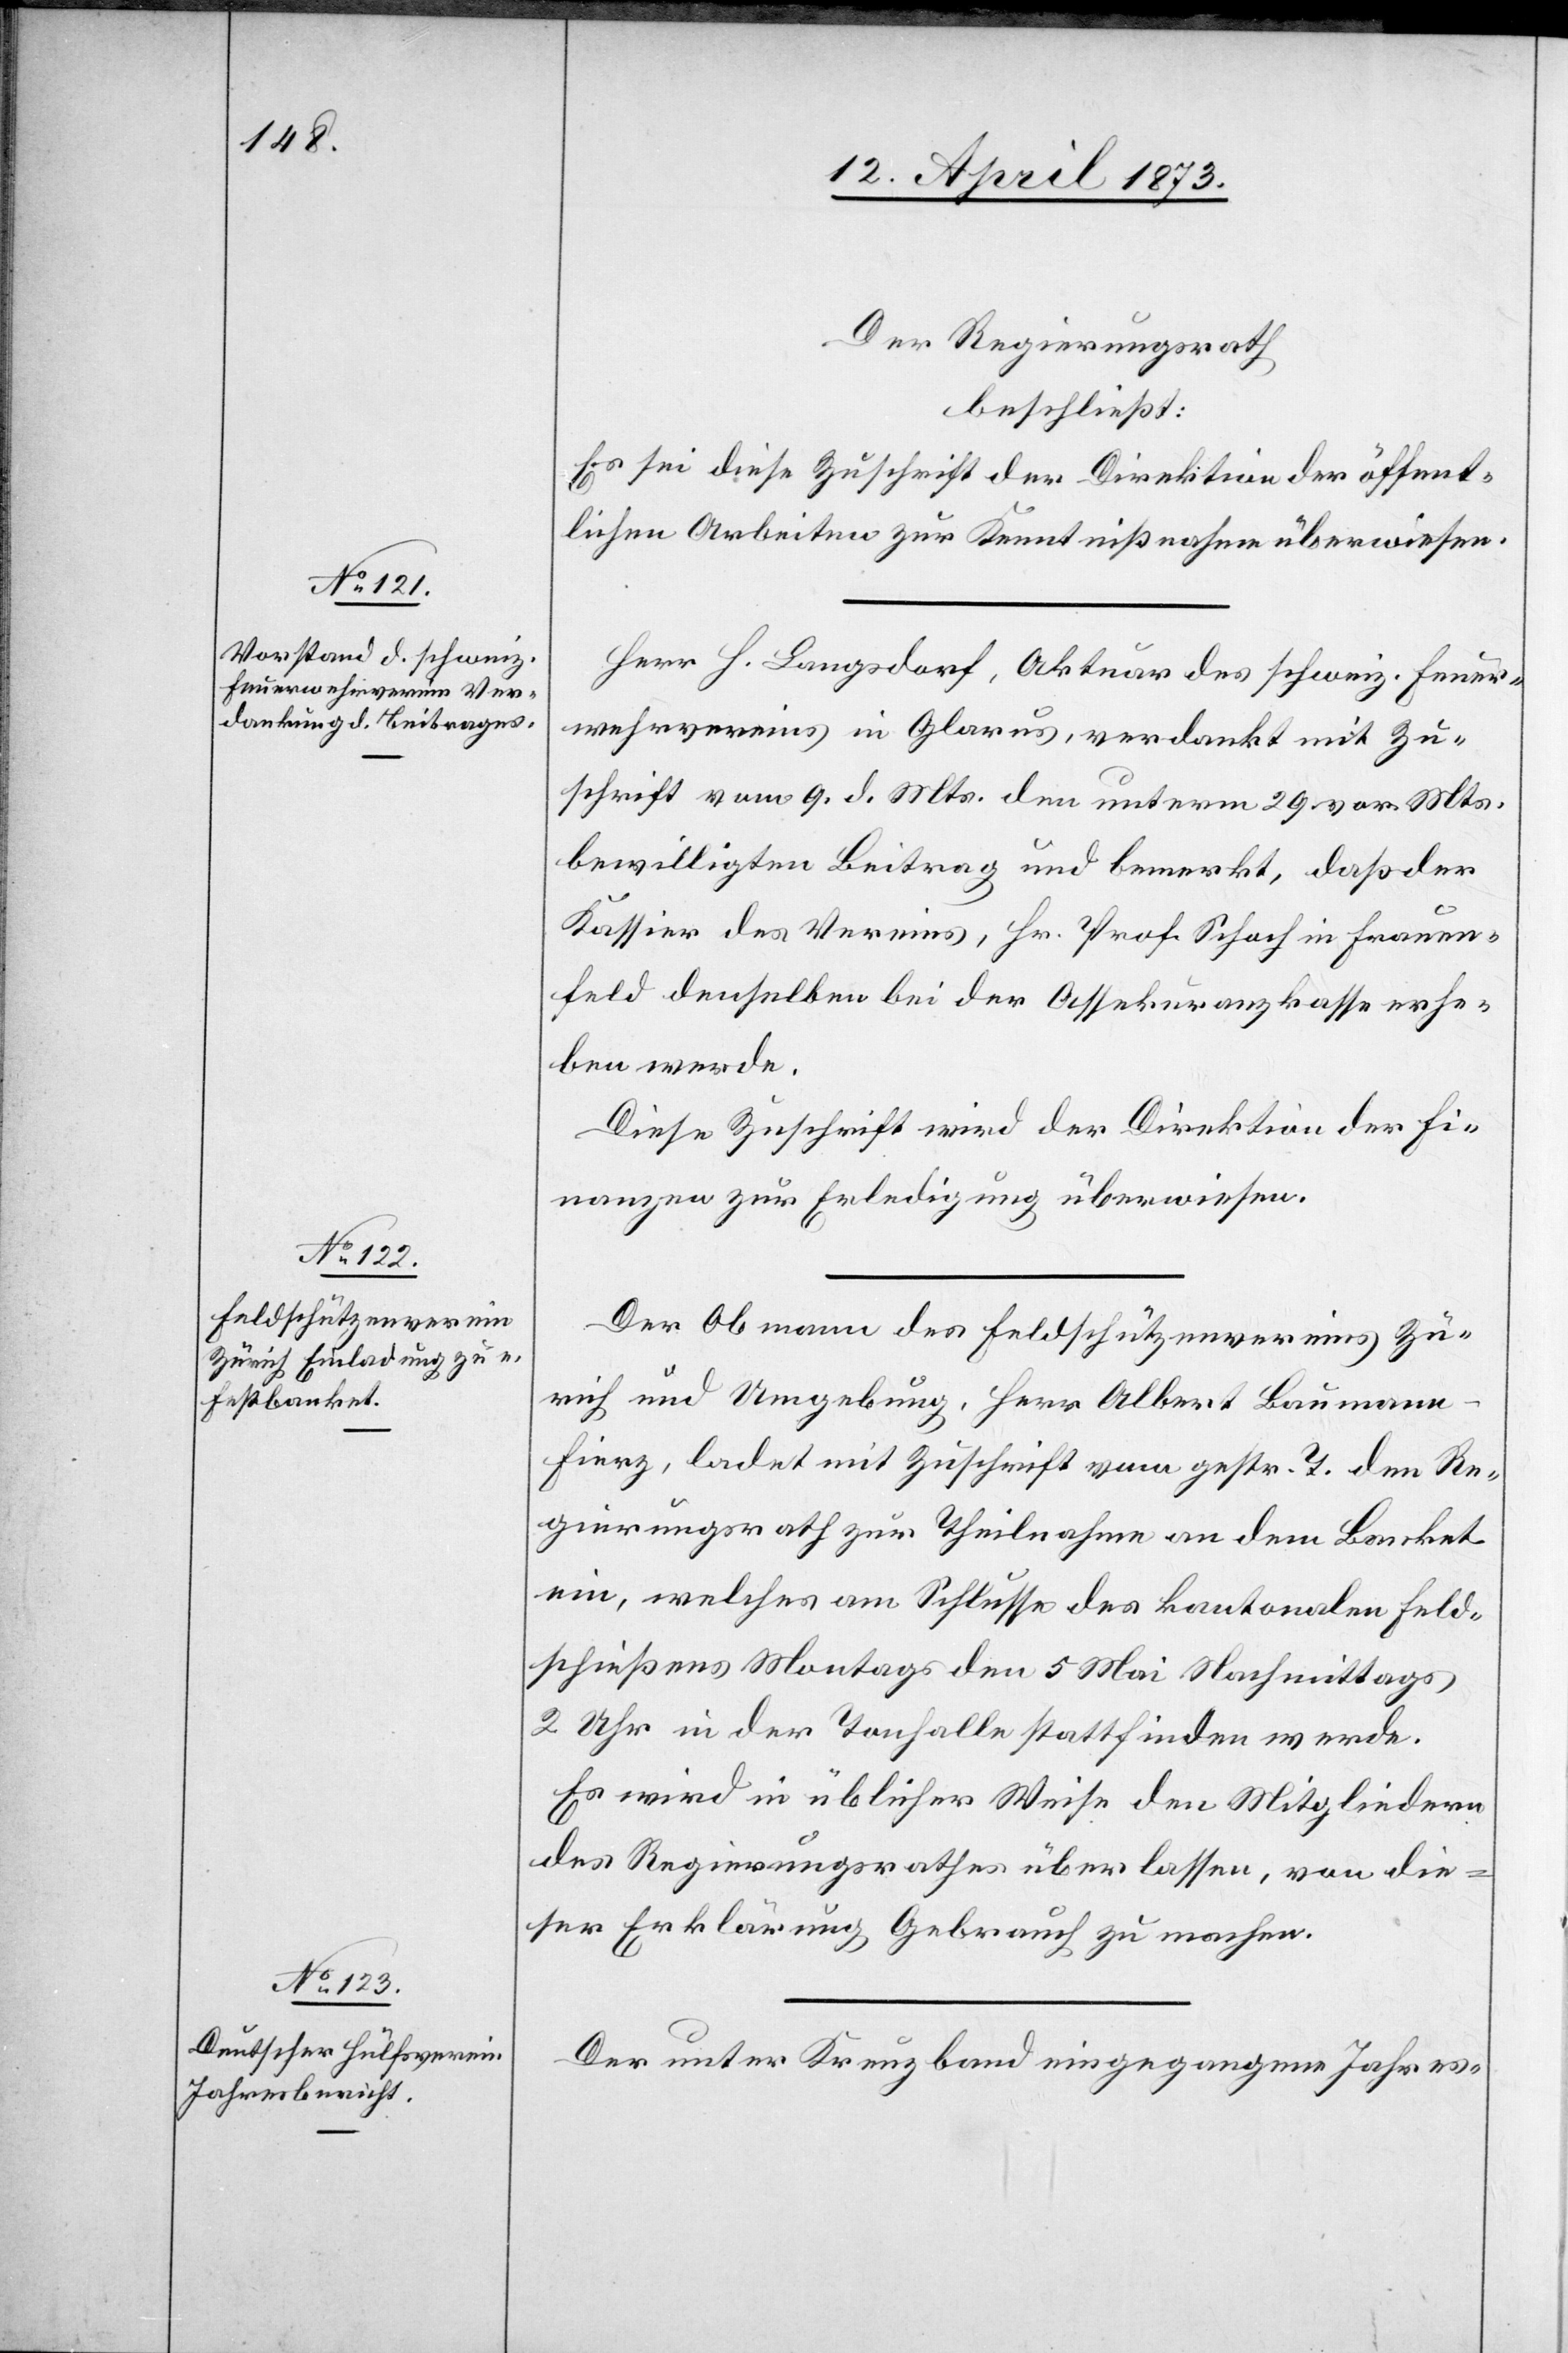
Der Regierungsrath
beschließt:
Es sei diese Zuschrift der Direktion der öffent¬
lichen Arbeiten zur Kenntnißnahme überwiesen.
Herr H. Langsdorf, Aktuar des schweiz. Feuer¬
wehrvereins in Glarus, verdankt mit Zu¬
schrift vom 9. d. Mts. den unterm 29. vor. Mts.
bewilligten Beitrag und bemerkt, daß der
Kassier des Vereins, Hr. Prof. Schoch in Frauen¬
feld denselben bei der Assekuranzkasse erhe¬
ben werde.
Diese Zuschrift wird der Direktion der Fi¬
nanzen zur Erledigung überwiesen.
Der Obmann des Feldschützenvereins Zü¬
rich und Umgebung, Herr Albert Baumann-F¬
ierz, ladet mit Zuschrift vom gestr. 7. den Re¬
gierungsrath zur Theilnahme an dem Banket
ein, welches am Schlusse des kantonalen Feld¬
schießens Montags den 5 Mai Nachmittags
2 Uhr in der Tonhalle stattfinden werde.
Es wird in üblicher Weise den Mitgliedern
des Regierungsrathes überlassen, von die¬
ser Erklärung Gebrauch zu machen.
Der unter Kreuzband eingegangene Jahres-